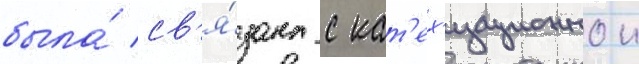
была́ св'я́зана с кат'ех'изационнои